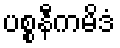
ပစ္စနီကမိဒံ